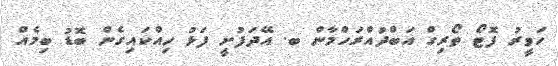
ހަވީރު ފޮޓޯ ތޯރިގް އަބްދުއްރަހްމާން ބ. އޭދަފުށީ ފަޅު ހިއްކައިގެން ބޮޑު ބިމެއް